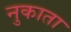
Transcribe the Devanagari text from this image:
नुकाता